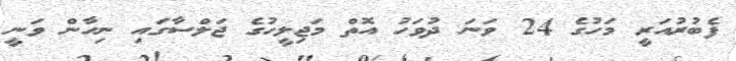
ފެބުރުއަރީ މަހުގެ 24 ވަނަ ދުވަހު އޮތް މަޖިލީހުގެ ޖަލްސާގައި ނިހާން ވަނީ